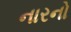
નારનો